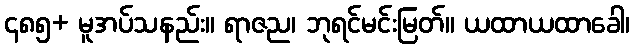
၄၈၅+ မူအပ်သနည်း။ ရာဇည၊ ဘုရင်မင်းမြတ်။ ယထာယထာခေါ၊